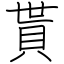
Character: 貰